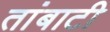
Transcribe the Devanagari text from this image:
तांबाटी